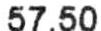
57.50